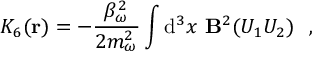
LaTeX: K _ { 6 } ( { \bf r } ) = - \frac { \beta _ { \omega } ^ { 2 } } { 2 m _ { \omega } ^ { 2 } } \int \mathrm { d } ^ { 3 } x ~ { \bf B } ^ { 2 } ( U _ { 1 } U _ { 2 } ) ~ ~ ,